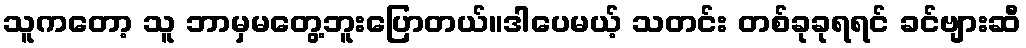
သူကတော့ သူ ဘာမှမတွေ့ဘူးပြောတယ်။ဒါပေမယ့် သတင်း တစ်ခုခုရရင် ခင်ဗျားဆီ